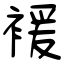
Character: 褑